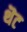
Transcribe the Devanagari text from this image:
थॆट